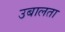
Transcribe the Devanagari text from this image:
उबालता